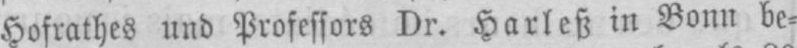
Hofrathes und Professors Dr. Harleß in Bonn be⸗